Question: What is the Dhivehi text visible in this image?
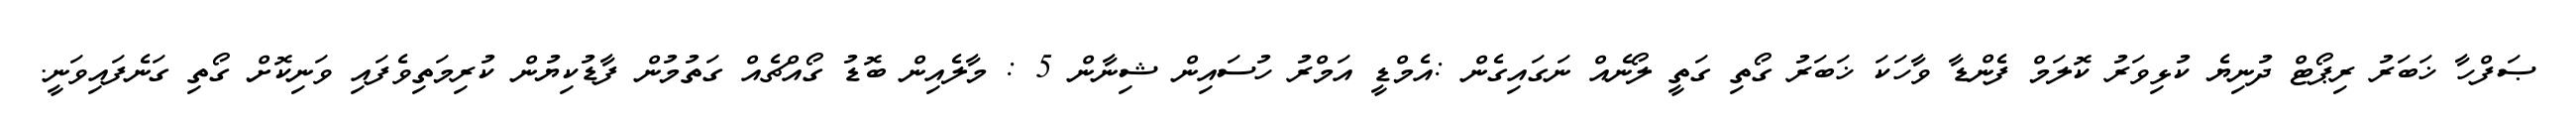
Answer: ޞަފްހާ ޚަބަރު ރިޕޯޓް ދުނިޔެ ކުޅިވަރު ކޮލަމް ފެންޑާ ވާހަކަ ޚަބަރު ގޯތި ގަތީ ލޯނެއް ނަގައިގެން :އެމްޑީ އަމްރު ހުސައިން ޝިނާން 5 : މާލެއިން ބޮޑު ގޯއްޗެއް ގަތުމުން ފާޑުކިޔުން ކުރިމަތިވެފައި ވަނިކޮށް ގޯތި ގަނެފައިވަނީ.